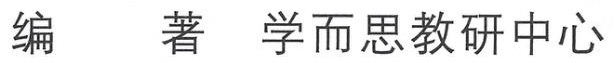
编  著 学而思教研中心